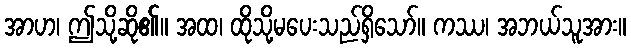
အာဟ၊ ဤသို့ဆို၏။ အထ၊ ထိုသို့မပေးသည်ရှိသော်။ ကဿ၊ အဘယ်သူအား။